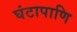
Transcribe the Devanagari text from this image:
घंटापाणि